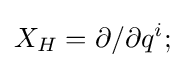
X_{H}=\partial /\partial q^{i};